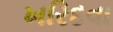
ખરિદવા